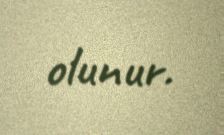
olunur.